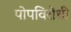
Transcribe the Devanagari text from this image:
पोपविरोधी